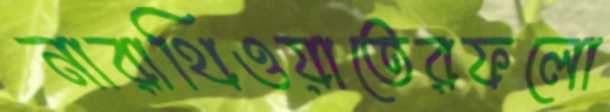
নারাথিওয়াতেরফলো